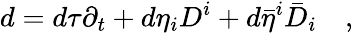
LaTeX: d=d\tau\partial_{t}+d\eta_{i}D^{i}+d\bar{\eta}^{i}\bar{D}_{i}\quad,